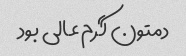
دمتون گرم عالی بود